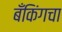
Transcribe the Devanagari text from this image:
बँकिंगचा